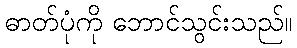
ဓာတ်ပုံကို ဘောင်သွင်းသည်။